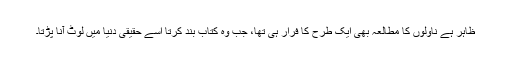
ظاہر ہے ناولوں کا مطالعہ بھی ایک طرح کا فرار ہی تھا، جب وہ کتاب بند کرتا اسے حقیقی دنیا میں لوٹ آنا پڑتا۔